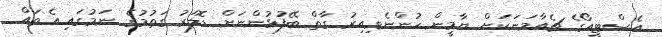
އެސްޓީއޯގެ ޗެއާމަނަކަށް ޔާމީން ހުންނެވިއިރު ގާތް ބޭފުޅުންނަށް ޑޮލަރު ގަތުމުގެ ނަމުގައި އެތައް